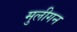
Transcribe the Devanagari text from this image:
मुलीगन